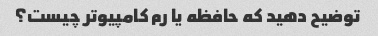
توضیح دهید که حافظه یا رم کامپیوتر چیست؟